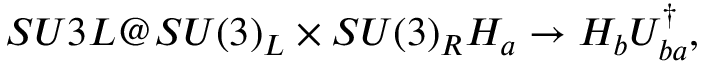
\index { S U 3 L @ S U ( 3 ) _ { L } \times S U ( 3 ) _ { R } } H _ { a } \to H _ { b } U _ { b a } ^ { \dagger } ,